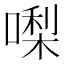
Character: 𠼝